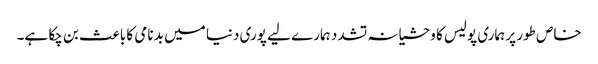
خاص طور پر ہماری پولیس کا وحشیانہ تشدد ہمارے لیے پوری دنیا میں بد نامی کا باعث بن چکا ہے۔